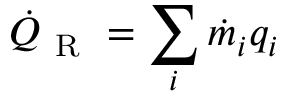
\dot { Q } _ { \mathrm { ~ R ~ } } = \sum _ { i } \dot { m } _ { i } q _ { i }